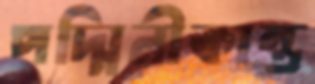
পদ্মিনীকান্ত